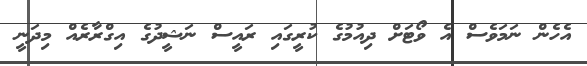
އެހެން ނަމަވެސް އެ ވޯޓަށް ދިއުމުގެ ކުރީގައި ރައީސް ނަޝީދުގެ އިގްރާރެއް މިދަނީ